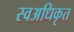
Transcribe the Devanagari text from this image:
स्वअधिकृत